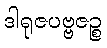
ဒါရုဇပဗ္ဗဇဉ္စ